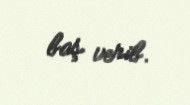
baş verib.